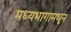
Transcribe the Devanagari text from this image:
मध्यभागामधून